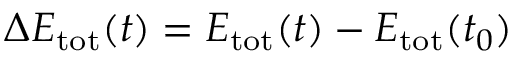
\Delta E _ { \mathrm { t o t } } ( t ) = E _ { \mathrm { t o t } } ( t ) - E _ { \mathrm { t o t } } ( t _ { 0 } )